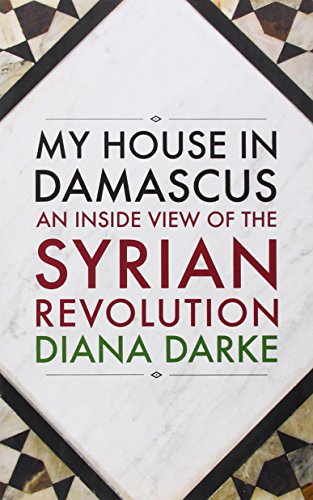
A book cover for My House in Damascus: An Inside View of the Syrian Revolution; Diana Darke; History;